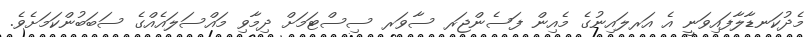
މެދުކަނޑާލާފައިވަނީ އެ އަރލައިނުގެ މެއިން ފަސެންޖަރ ސާވަރ ސިސްޓަމަށް ދިމާވި މައްސަލައެއްގެ ސަބަބުންކަމަށެވެ.